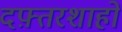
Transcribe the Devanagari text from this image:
दफ़्तरशाहों